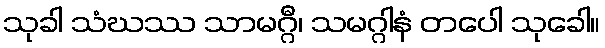
သုခါ သံဃဿ သာမဂ္ဂီ၊ သမဂ္ဂါနံ တပေါ သုခေါ။